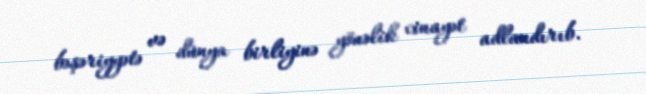
bəşəriyyətə və dünya birliyinə yönəlik cinayət adlandırıb.